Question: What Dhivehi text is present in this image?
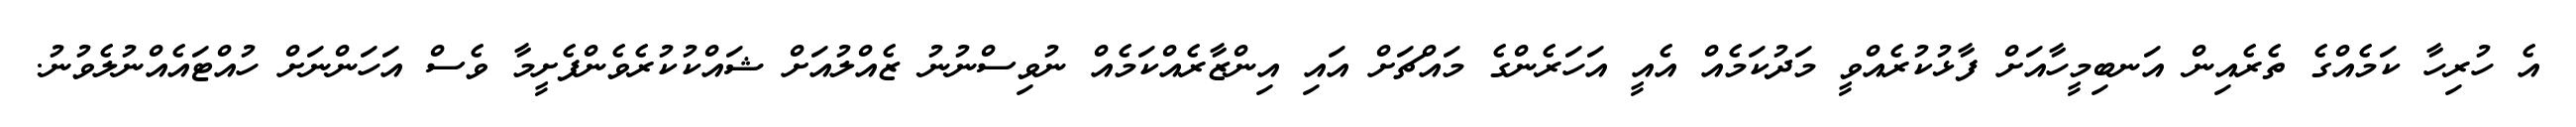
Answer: އެ ހުރިހާ ކަމެއްގެ ތެރެއިން އަނބިމީހާއަށް ފާޅުކުރެއްވީ މަދުކަމެއް އެއީ އަހަރެންގެ މައްޗަށް އައި އިންޒާރެއްކަމެއް ނުވިސްނުނު ޒެއްލުއަށް ޝައްކުކުރެވެންފެށީމާ ވެސް އަހަންނަށް ހުއްޓައެއްނުލެވުނު.